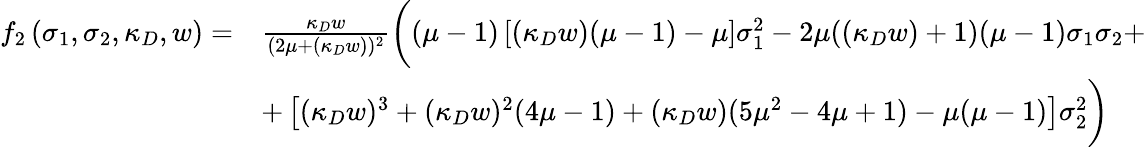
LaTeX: \begin{array}{rl}{f_{2}\left(\sigma_{1},\sigma_{2},\kappa_{D},w\right)=}&{\frac{\kappa_{D}w}{(2\mu+(\kappa_{D}w))^{2}}\bigg((\mu-1)\left[(\kappa_{D}w)(\mu-1)-\mu\right]\sigma_{1}^{2}-2\mu((\kappa_{D}w)+1)(\mu-1)\sigma_{1}\sigma_{2}+}\\ &{+\left[(\kappa_{D}w)^{3}+(\kappa_{D}w)^{2}(4\mu-1)+(\kappa_{D}w)(5\mu^{2}-4\mu+1)-\mu(\mu-1)\right]\sigma_{2}^{2}\bigg)}\end{array}